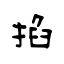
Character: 掐